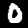
Label: 0